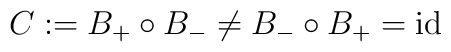
C:=B_+\circ B_-\not=B_-\circ B_+={\rm id}